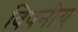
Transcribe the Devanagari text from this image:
विपनीय